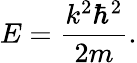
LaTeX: E={\frac{k^{2}\hbar^{2}}{2m}}.